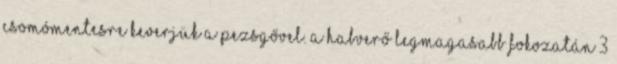
csomómentesre keverjük a pezsgővel. A habverő legmagasabb fokozatán 3